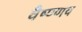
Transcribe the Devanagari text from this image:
वैष्ण्णव